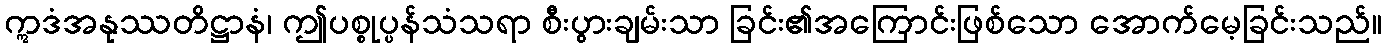
ဣဒံအနုဿတိဋ္ဌာနံ၊ ဤပစ္စုပ္ပန်သံသရာ စီးပွားချမ်းသာ ခြင်း၏အကြောင်းဖြစ်သော အောက်မေ့ခြင်းသည်။